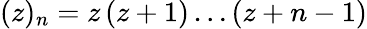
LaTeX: {(z)_{n}=z\, (z+1)\dots(z+n-1)}